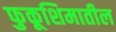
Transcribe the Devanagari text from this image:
फुकूशिमातील